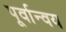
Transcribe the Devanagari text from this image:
पूर्वान्वय